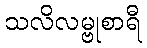
သလိလမ္ဗုစာရီ